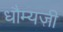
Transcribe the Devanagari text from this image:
धौम्यजी